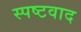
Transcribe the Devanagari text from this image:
स्पष्टवाद